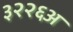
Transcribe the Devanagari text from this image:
३२२६अ